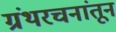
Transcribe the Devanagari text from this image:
ग्रंथरचनांतून